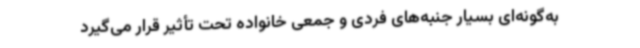
به‌گونه‌ای بسیار جنبه‌های فردی و جمعی خانواده تحت تأثیر قرار می‌گیرد